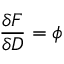
\frac { \delta F } { \delta D } = \phi